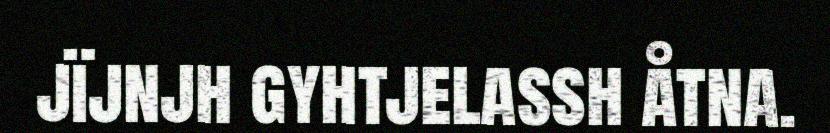
jïjnjh gyhtjelassh åtna.